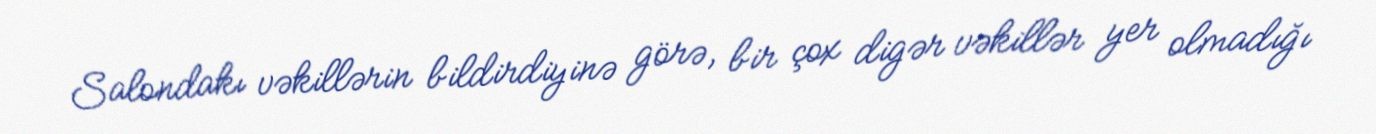
Salondakı vəkillərin bildirdiyinə görə, bir çox digər vəkillər yer olmadığı